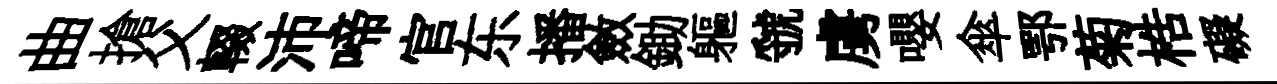
曲搶父輟沛啼官东播斂鋤軀虢虜嚶傘鄂菊梏礙